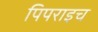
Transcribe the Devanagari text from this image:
पिपराइच